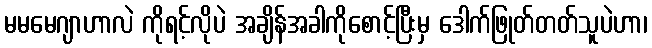
မမမေဂျာဟာလဲ ကိုရင့်လိုပဲ အချိန်အခါကိုစောင့်ပြီးမှ ဒေါက်ဖြုတ်တတ်သူပဲဟာ၊